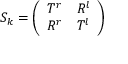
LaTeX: S _ { k } = \left( \begin{array} { l l } { { T ^ { r } } } & { { R ^ { l } } } \\ { { R ^ { r } } } & { { T ^ { l } } } \end{array} \right)